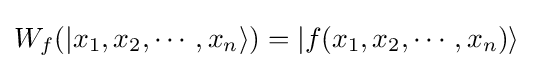
W_{f}(|x_{1},x_{2},\cdots ,x_{n}\rangle )=|f(x_{1},x_{2},\cdots ,x_{n})\rangle